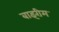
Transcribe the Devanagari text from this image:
बाइरीम